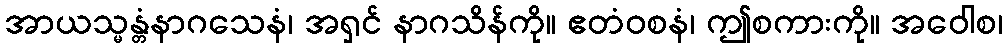
အာယသ္မန္တံနာဂသေနံ၊ အရှင် နာဂသိန်ကို။ ဧတံဝစနံ၊ ဤစကားကို။ အဝေါစ၊